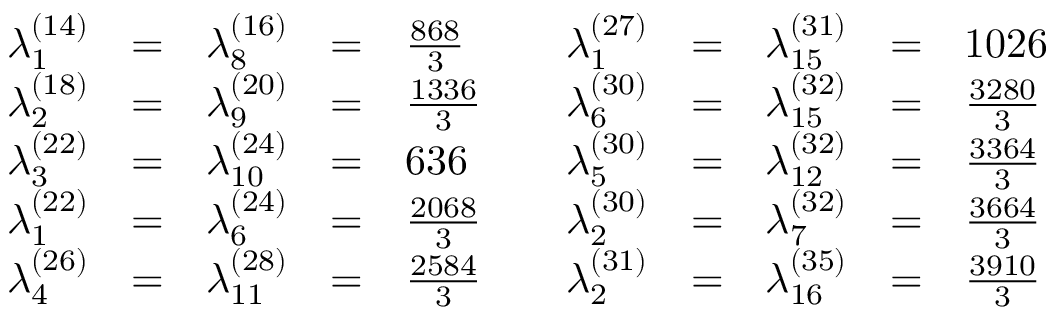
\begin{array} { r c l c l r c l c l } { { \lambda _ { 1 } ^ { ( 1 4 ) } } } & { { = } } & { { \lambda _ { 8 } ^ { ( 1 6 ) } } } & { { = } } & { { \frac { 8 6 8 } { 3 } } } & { { \quad \lambda _ { 1 } ^ { ( 2 7 ) } } } & { { = } } & { { \lambda _ { 1 5 } ^ { ( 3 1 ) } } } & { { = } } & { { 1 0 2 6 } } \\ { { \lambda _ { 2 } ^ { ( 1 8 ) } } } & { { = } } & { { \lambda _ { 9 } ^ { ( 2 0 ) } } } & { { = } } & { { \frac { 1 3 3 6 } { 3 } } } & { { \lambda _ { 6 } ^ { ( 3 0 ) } } } & { { = } } & { { \lambda _ { 1 5 } ^ { ( 3 2 ) } } } & { { = } } & { { \frac { 3 2 8 0 } { 3 } } } \\ { { \lambda _ { 3 } ^ { ( 2 2 ) } } } & { { = } } & { { \lambda _ { 1 0 } ^ { ( 2 4 ) } } } & { { = } } & { { 6 3 6 } } & { { \lambda _ { 5 } ^ { ( 3 0 ) } } } & { { = } } & { { \lambda _ { 1 2 } ^ { ( 3 2 ) } } } & { { = } } & { { \frac { 3 3 6 4 } { 3 } } } \\ { { \lambda _ { 1 } ^ { ( 2 2 ) } } } & { { = } } & { { \lambda _ { 6 } ^ { ( 2 4 ) } } } & { { = } } & { { \frac { 2 0 6 8 } { 3 } } } & { { \lambda _ { 2 } ^ { ( 3 0 ) } } } & { { = } } & { { \lambda _ { 7 } ^ { ( 3 2 ) } } } & { { = } } & { { \frac { 3 6 6 4 } { 3 } } } \\ { { \lambda _ { 4 } ^ { ( 2 6 ) } } } & { { = } } & { { \lambda _ { 1 1 } ^ { ( 2 8 ) } } } & { { = } } & { { \frac { 2 5 8 4 } { 3 } } } & { { \lambda _ { 2 } ^ { ( 3 1 ) } } } & { { = } } & { { \lambda _ { 1 6 } ^ { ( 3 5 ) } } } & { { = } } & { { \frac { 3 9 1 0 } { 3 } } } \end{array}